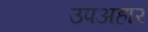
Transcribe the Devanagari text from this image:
उपअहार